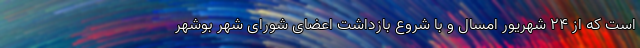
است که از ۲۴ شهریور امسال و با شروع بازداشت اعضای شورای شهر بوشهر